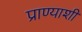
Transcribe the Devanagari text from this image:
प्राण्याशी